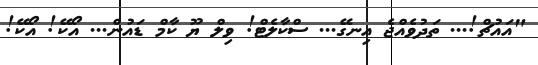
"އައުޗް!... ތަދުވެއްޖެ އިނގޭ... ސްކާލެޓް! ވިލް ޔޫ ކާމް ޑައުން... އޯކޭ! އޯކޭ!